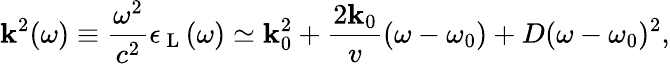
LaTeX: \mathbf{k}^{2}(\omega)\equiv\frac{{\omega^{2}}}{{c^{2}}}\epsilon_{\mathrm{{~L~}}}(\omega)\simeq\mathbf{k}_{0}^{2}+\frac{{2\mathbf{k}_{0}}}{{v}}(\omega-\omega_{0})+D(\omega-\omega_{0})^{2},